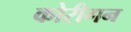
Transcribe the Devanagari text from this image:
कोरीगन